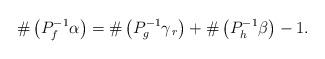
LaTeX: \begin{align*} \#\left(P_{f}^{-1}\alpha\right)=\#\left(P_{g}^{-1}\gamma_{\,r}\right)+\#\left(P_{h}^{-1}\beta\right)-1.\end{align*}